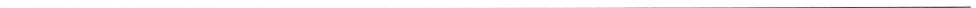
___